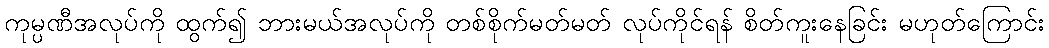
ကုမ္ပဏီအလုပ်ကို ထွက်၍ ဘားမယ်အလုပ်ကို တစ်စိုက်မတ်မတ် လုပ်ကိုင်ရန် စိတ်ကူးနေခြင်း မဟုတ်ကြောင်း